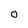
Character: O